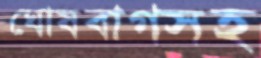
ঘোষবাগসহ